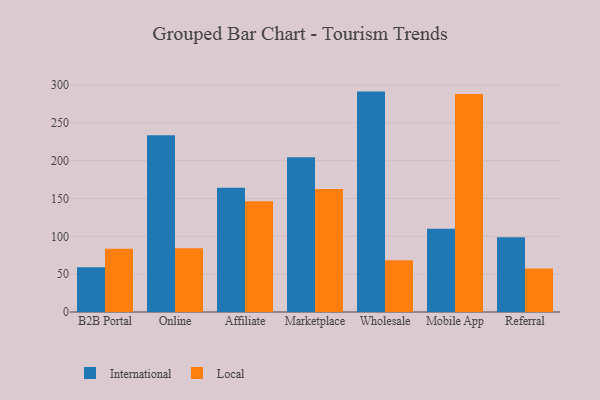
{"axis": {"x": "Channel", "y": "Headcount"}, "legend": ["International", "Local"], "data": [{"x": "B2B Portal", "y": 59.3, "type": "International"}, {"x": "B2B Portal", "y": 83.5, "type": "Local"}, {"x": "Online", "y": 233.6, "type": "International"}, {"x": "Online", "y": 84.2, "type": "Local"}, {"x": "Affiliate", "y": 164.1, "type": "International"}, {"x": "Affiliate", "y": 146.5, "type": "Local"}, {"x": "Marketplace", "y": 204.5, "type": "International"}, {"x": "Marketplace", "y": 162.7, "type": "Local"}, {"x": "Wholesale", "y": 291.3, "type": "International"}, {"x": "Wholesale", "y": 68.4, "type": "Local"}, {"x": "Mobile App", "y": 109.9, "type": "International"}, {"x": "Mobile App", "y": 288.0, "type": "Local"}, {"x": "Referral", "y": 98.9, "type": "International"}, {"x": "Referral", "y": 57.5, "type": "Local"}]}